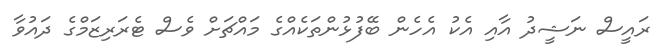
ރައީސް ނަޝީދު އާއި އެކު އެހެން ބޭފުޅުންތަކެއްގެ މައްޗަށް ވެސް ޓެރަރިޒަމްގެ ދައުވާ